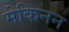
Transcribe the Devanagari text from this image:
मेकिनन